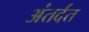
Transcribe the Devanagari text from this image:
अंतर्दंत